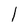
Character: l